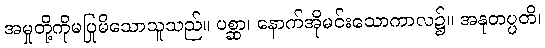
အမှုတို့ကိုမပြုမိသောသူသည်။ ပစ္ဆာ၊ နောက်အိုမင်းသောကာလ၌။ အနုတပ္ပတိ၊